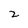
Character: 2